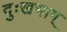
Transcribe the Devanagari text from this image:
दुःखभाग्